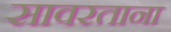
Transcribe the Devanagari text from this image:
सावरताना